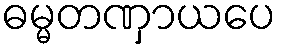
ဓမ္မတဏှာယပေ